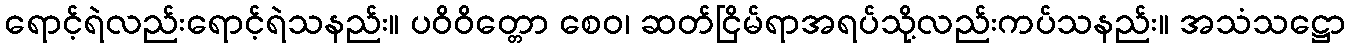
ရောင့်ရဲလည်းရောင့်ရဲသနည်း။ ပဝိဝိတ္တော စေဝ၊ ဆတ်ငြိမ်ရာအရပ်သို့လည်းကပ်သနည်း။ အသံသဋ္ဌော